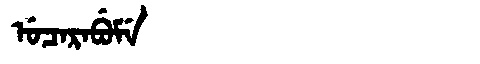
Manchu: ᡠᠴᠠᡵᠠᠪᡠᠮᡝ
Romanization: UCARABUME